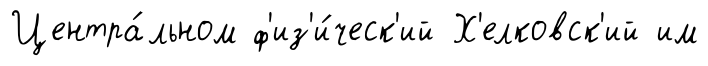
Центра́льном ф'из'и́ческ'ий Х'елковск'ий им